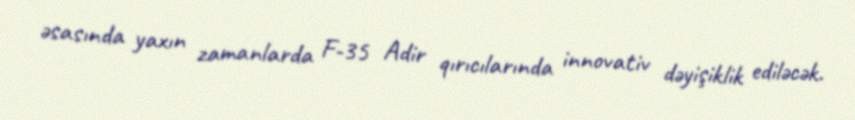
əsasında yaxın zamanlarda F-35 Adir qırıcılarında innovativ dəyişiklik ediləcək.